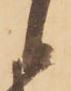
候